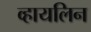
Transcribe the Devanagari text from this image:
व्हायलिन